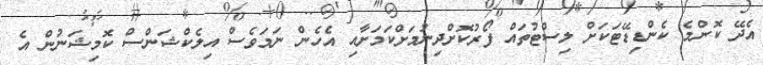
އެދޭ ކޮންމެ ކެންޑިޑޭޓަކަށް ލިސްޓުތައް ފޯރުކޮށްދިނުމަށްކަމަށާއި އެހެން ނަމަވެސް އިލެކްޝަންސް ކޮމިޝަނުން އެ